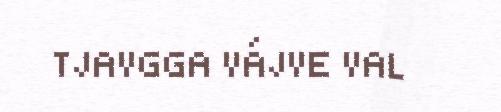
TJAVGGA VÁJVE VAL